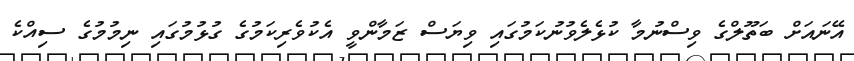
އޭނައަށް ބަތޫލްގެ ވިސްނުމާ ކުޅެލެވުނުކަމުގައި ވިޔަސް ޒަމާންވީ އެކުވެރިކަމުގެ ގުޅުމުގައި ނިމުމުގެ ސިއްކެ